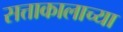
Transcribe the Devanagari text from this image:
सत्ताकालाच्या